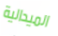
الميدالية